Annual report of the Punjab Veterinary College and of the Civil Veterinary Department, Punjab - 1909-1919
Year: 1909
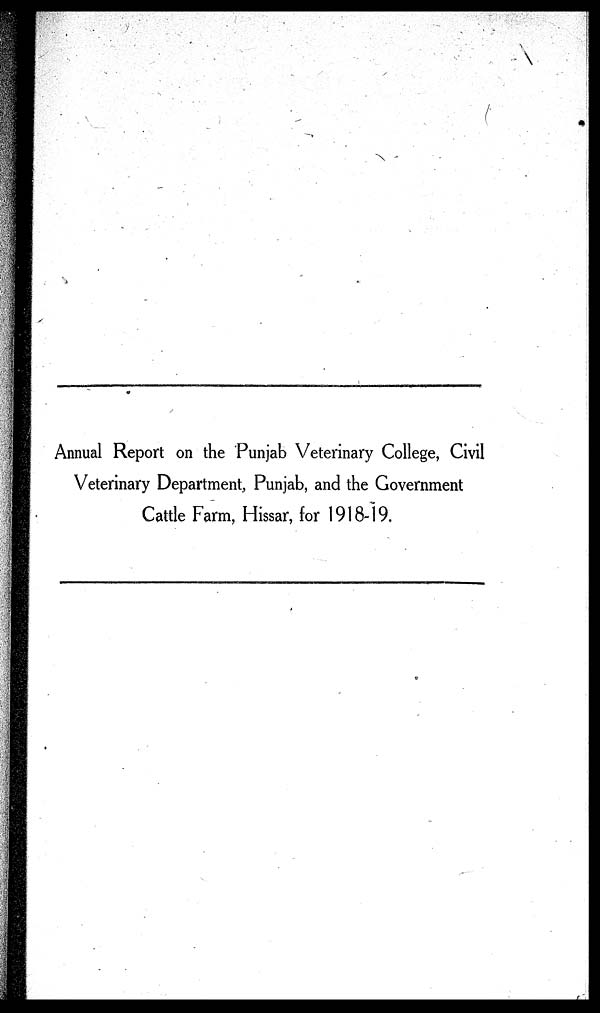
Annual Report on the Punjab Veterinary College, Civil
Veterinary Department, Punjab, and the Government
Cattle Farm, Hissar, for 1918-19.